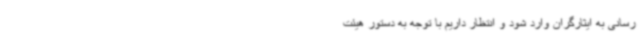
‌رسانی به ایثارگران وارد شود و انتظار داریم با توجه به دستور هیئت